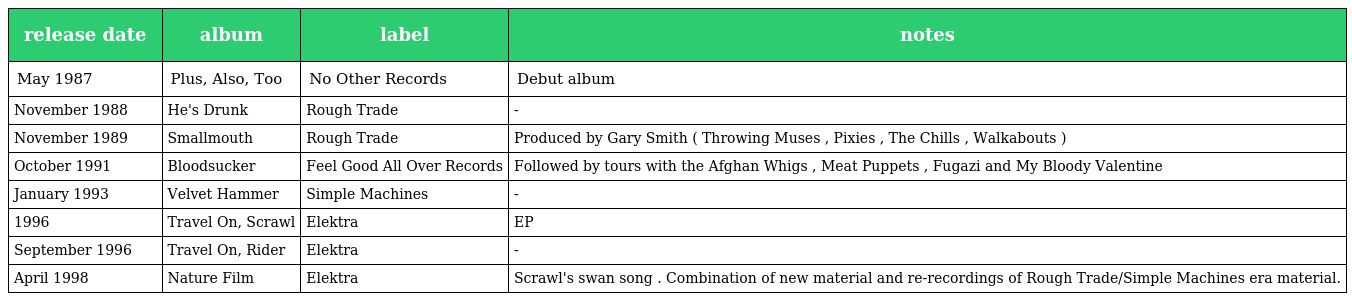
| release date | album | label | notes |
 | --- | --- | --- | --- |
 | May 1987 | Plus, Also, Too | No Other Records | Debut album |
 | November 1988 | He's Drunk | Rough Trade | - |
 | November 1989 | Smallmouth | Rough Trade | Produced by Gary Smith ( Throwing Muses , Pixies , The Chills , Walkabouts ) |
 | October 1991 | Bloodsucker | Feel Good All Over Records | Followed by tours with the Afghan Whigs , Meat Puppets , Fugazi and My Bloody Valentine |
 | January 1993 | Velvet Hammer | Simple Machines | - |
 | 1996 | Travel On, Scrawl | Elektra | EP |
 | September 1996 | Travel On, Rider | Elektra | - |
 | April 1998 | Nature Film | Elektra | Scrawl's swan song . Combination of new material and re-recordings of Rough Trade/Simple Machines era material. |